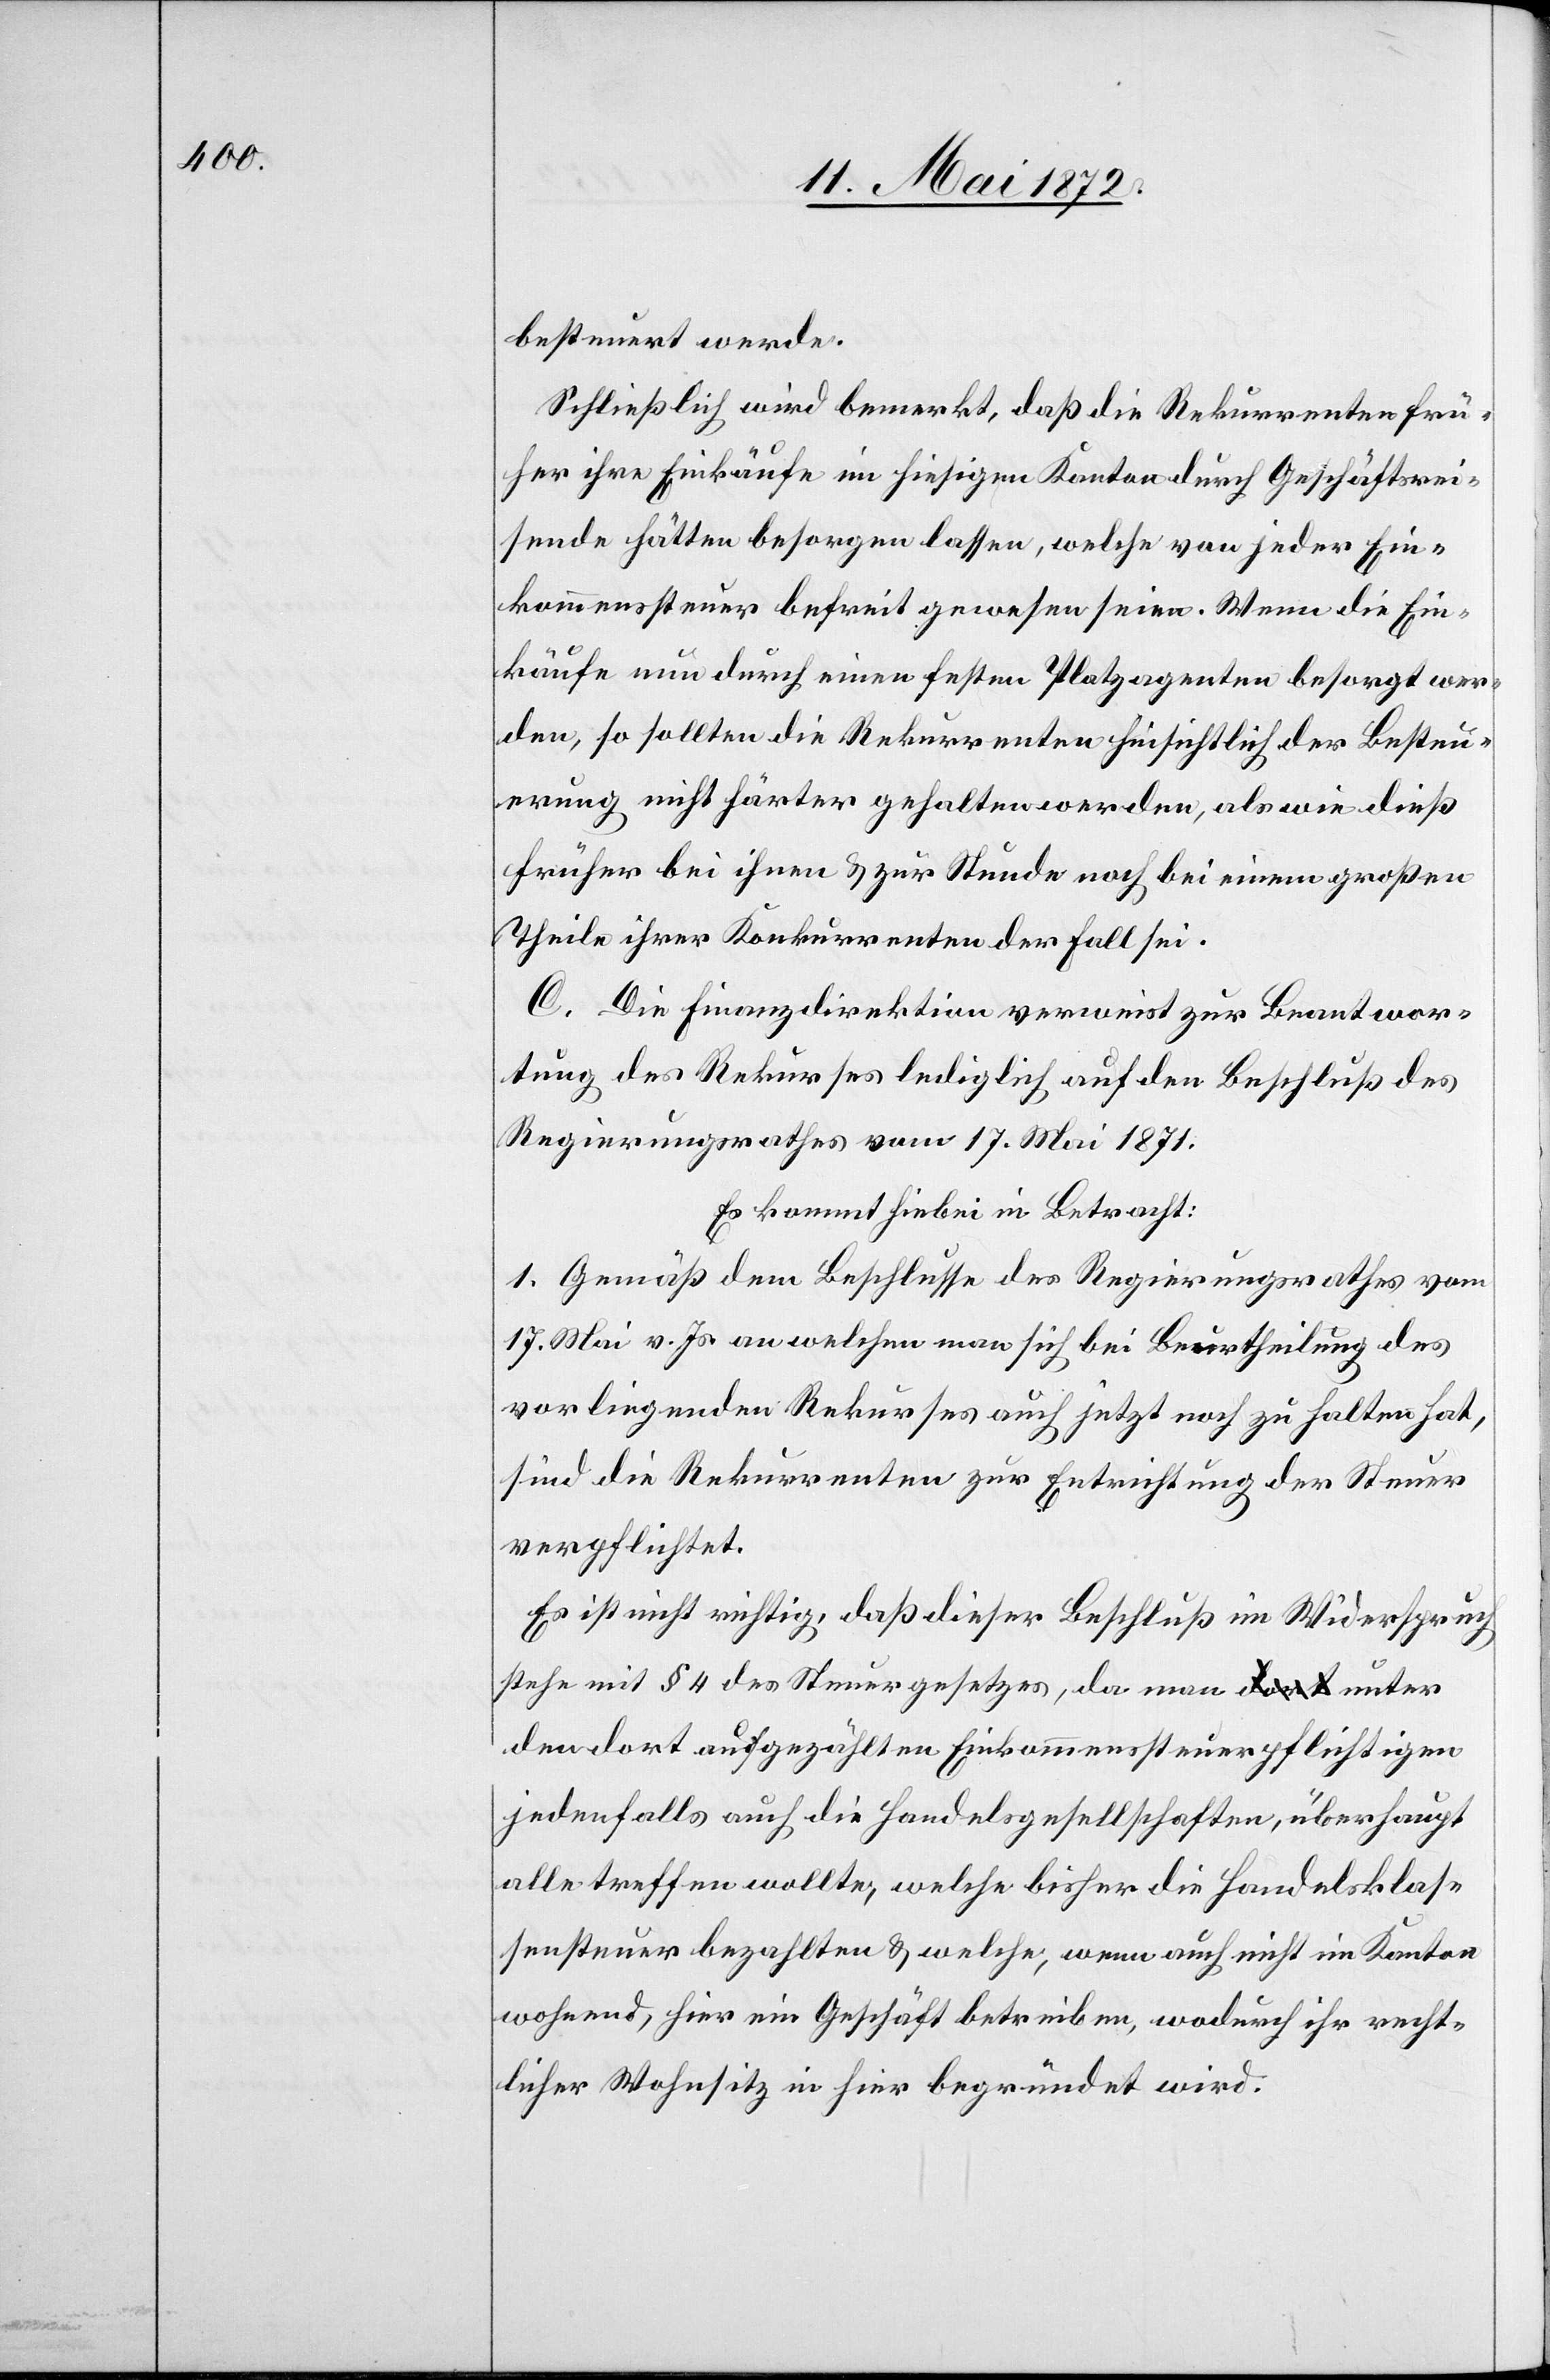
besteuert werde.
Schließlich wird bemerkt, daß die Rekurrenten frü¬
her ihre Einkäufe im hiesigen Kanton durch Geschäftsrei¬
sende hätten besorgen lassen, welche von jeder Ein¬
kommenssteuer befreit gewesen seien. Wenn die Ein¬
käufe nun durch einen festen Platzagenten besorgt wer¬
den, so sollten die Rekurrenten hinsichtlich der Besteu¬
erung nicht härter gehalten werden, als wie dieß
früher bei ihnen u. zur Stunde noch bei einem großen
Theile ihrer Konkurrenten der Fall sei.
C. Die Finanzdirektion verweist zur Beantwor¬
tung des Rekurses lediglich auf den Beschluß des
Regierungsrathes vom 17. Mai 1871.
Es kommt hiebei in Betracht:
1. Gemäß dem Beschlusse des Regierungsrathes vom
17. Mai v. Js. an welchen man sich bei Beurtheilung des
vorliegenden Rekurses auch jetzt noch zu halten hat,
sind die Rekurrenten zur Entrichtung der Steuer
verpflichtet.
Es ist nicht richtig, daß dieser Beschluß im Widerspruch
stehe mit § 4 des Steuergesetzes, da man unter
den dort aufgezählten Einkommenssteuerpflichtigen
jedenfalls auch die Handelsgesellschaften, überhaupt
alle treffen wollte, welche bisher die Handelsklas¬
sensteuer bezahlten u. welche, wenn auch nicht im Kanton
wohnend, hier ein Geschäft betreiben, wodurch ihr recht¬
licher Wohnsitz in hier begründet wird.